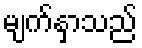
မျက်နှာသည်